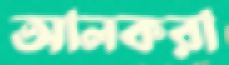
আলকরা